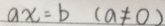
a x = b ( a \neq 0 )